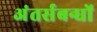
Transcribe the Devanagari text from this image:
अंतर्सबन्धों